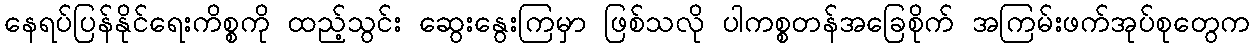
နေရပ်ပြန်နိုင်ရေးကိစ္စကို ထည့်သွင်း ဆွေးနွေးကြမှာ ဖြစ်သလို ပါကစ္စတန်အခြေစိုက် အကြမ်းဖက်အုပ်စုတွေက